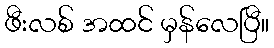
ဖီးလစ် အထင် မှန်လေပြီ။